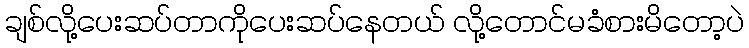
ချစ်လို့ပေးဆပ်တာကိုပေးဆပ်နေတယ် လို့တောင်မခံစားမိတော့ပဲ